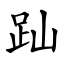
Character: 䟖